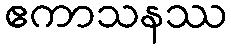
ဧကာသနဿ